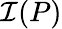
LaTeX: \mathcal{I}(P)